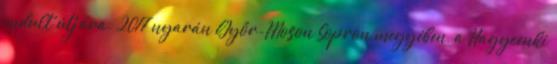
indult útjára. 2017 nyarán Győr-Moson Sopron megyében, a Nagycenki